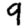
Digit: 9